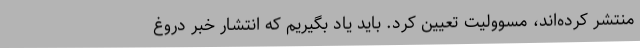
منتشر کرده‌اند، مسوولیت تعیین کرد. باید یاد بگیریم که انتشار خبر دروغ